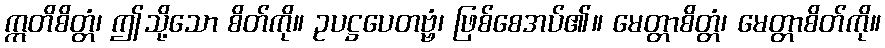
ဣတိစိတ္တံ၊ ဤသို့သော စိတ်ကို။ ဥပဋ္ဌပေတဗ္ဗံ၊ ဖြစ်စေအပ်၏။ မေတ္တာစိတ္တံ၊ မေတ္တာစိတ်ကို။